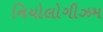
નિયોલોગીઝમ